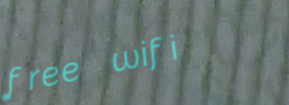
free wifi